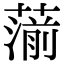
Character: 𦺍